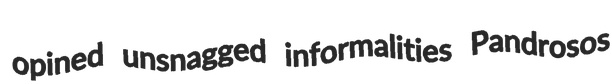
opined unsnagged informalities Pandrosos